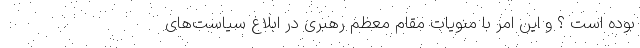
بوده است ؟ و این امر با منویات مقام معظم رهبری در ابلاغ سیاست‌های